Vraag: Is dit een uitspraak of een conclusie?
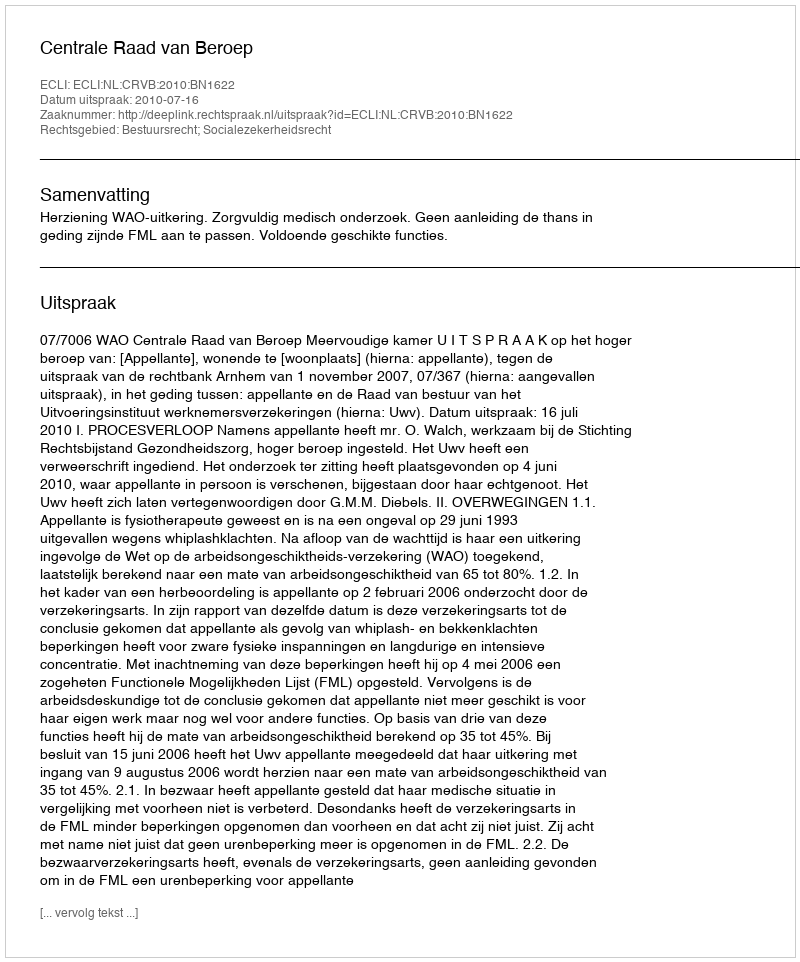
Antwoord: Uitspraak